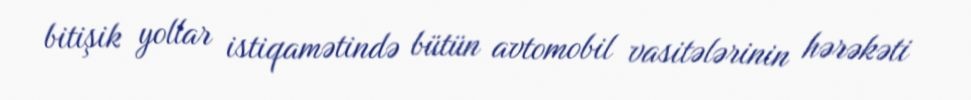
bitişik yollar istiqamətində bütün avtomobil vasitələrinin hərəkəti